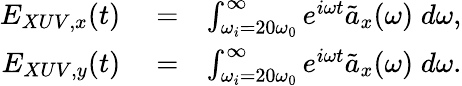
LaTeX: \begin{array}{rlr}{E_{XUV,x}(t)}&{{}=}&{\int_{\omega_{i}=20\omega_{0}}^{\infty}e^{i\omega t}\tilde{a}_{x}(\omega)\; d\omega,}\\ {E_{XUV,y}(t)}&{{}=}&{\int_{\omega_{i}=20\omega_{0}}^{\infty}e^{i\omega t}\tilde{a}_{x}(\omega)\; d\omega.}\end{array}